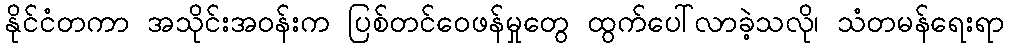
နိုင်ငံတကာ အသိုင်းအဝန်းက ပြစ်တင်ဝေဖန်မှုတွေ ထွက်ပေါ်လာခဲ့သလို၊ သံတမန်ရေးရာ